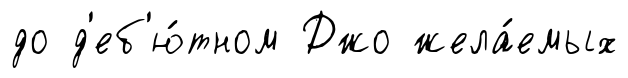
до д'еб'ю́тном Джо жела́емых